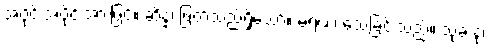
အပိုင်းအပိုင်းအားဖြင့်။ ဆိန္နံ၊ ဖြတ်သည်ရှိသော်။ မရဏံ၊ သေခြင်းသည်။ သုခံ နု၊